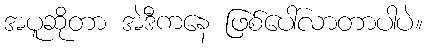
အပူဆိုတာ အဲဒီကနေ ဖြစ်ပေါ်လာတာပါပဲ။